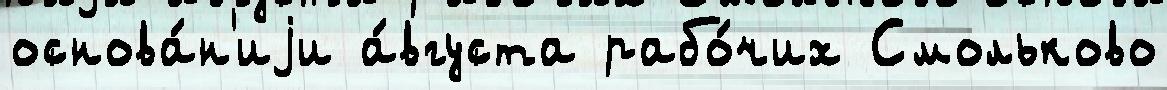
основа́н'иjи а́вгуста рабо́чих Смольково